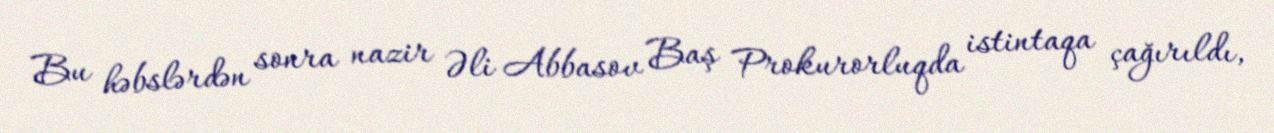
Bu həbslərdən sonra nazir Əli Abbasov Baş Prokurorluqda istintaqa çağırıldı,